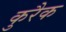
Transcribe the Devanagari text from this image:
कुरैक